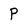
Character: P